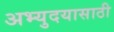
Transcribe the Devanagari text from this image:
अभ्युदयासाठी